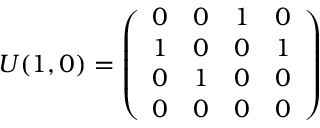
U ( 1 , 0 ) = \left( \begin{array} { c c c c } { { 0 } } & { { 0 } } & { { 1 } } & { { 0 } } \\ { { 1 } } & { { 0 } } & { { 0 } } & { { 1 } } \\ { { 0 } } & { { 1 } } & { { 0 } } & { { 0 } } \\ { { 0 } } & { { 0 } } & { { 0 } } & { { 0 } } \end{array} \right)